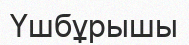
Үшбұрышы